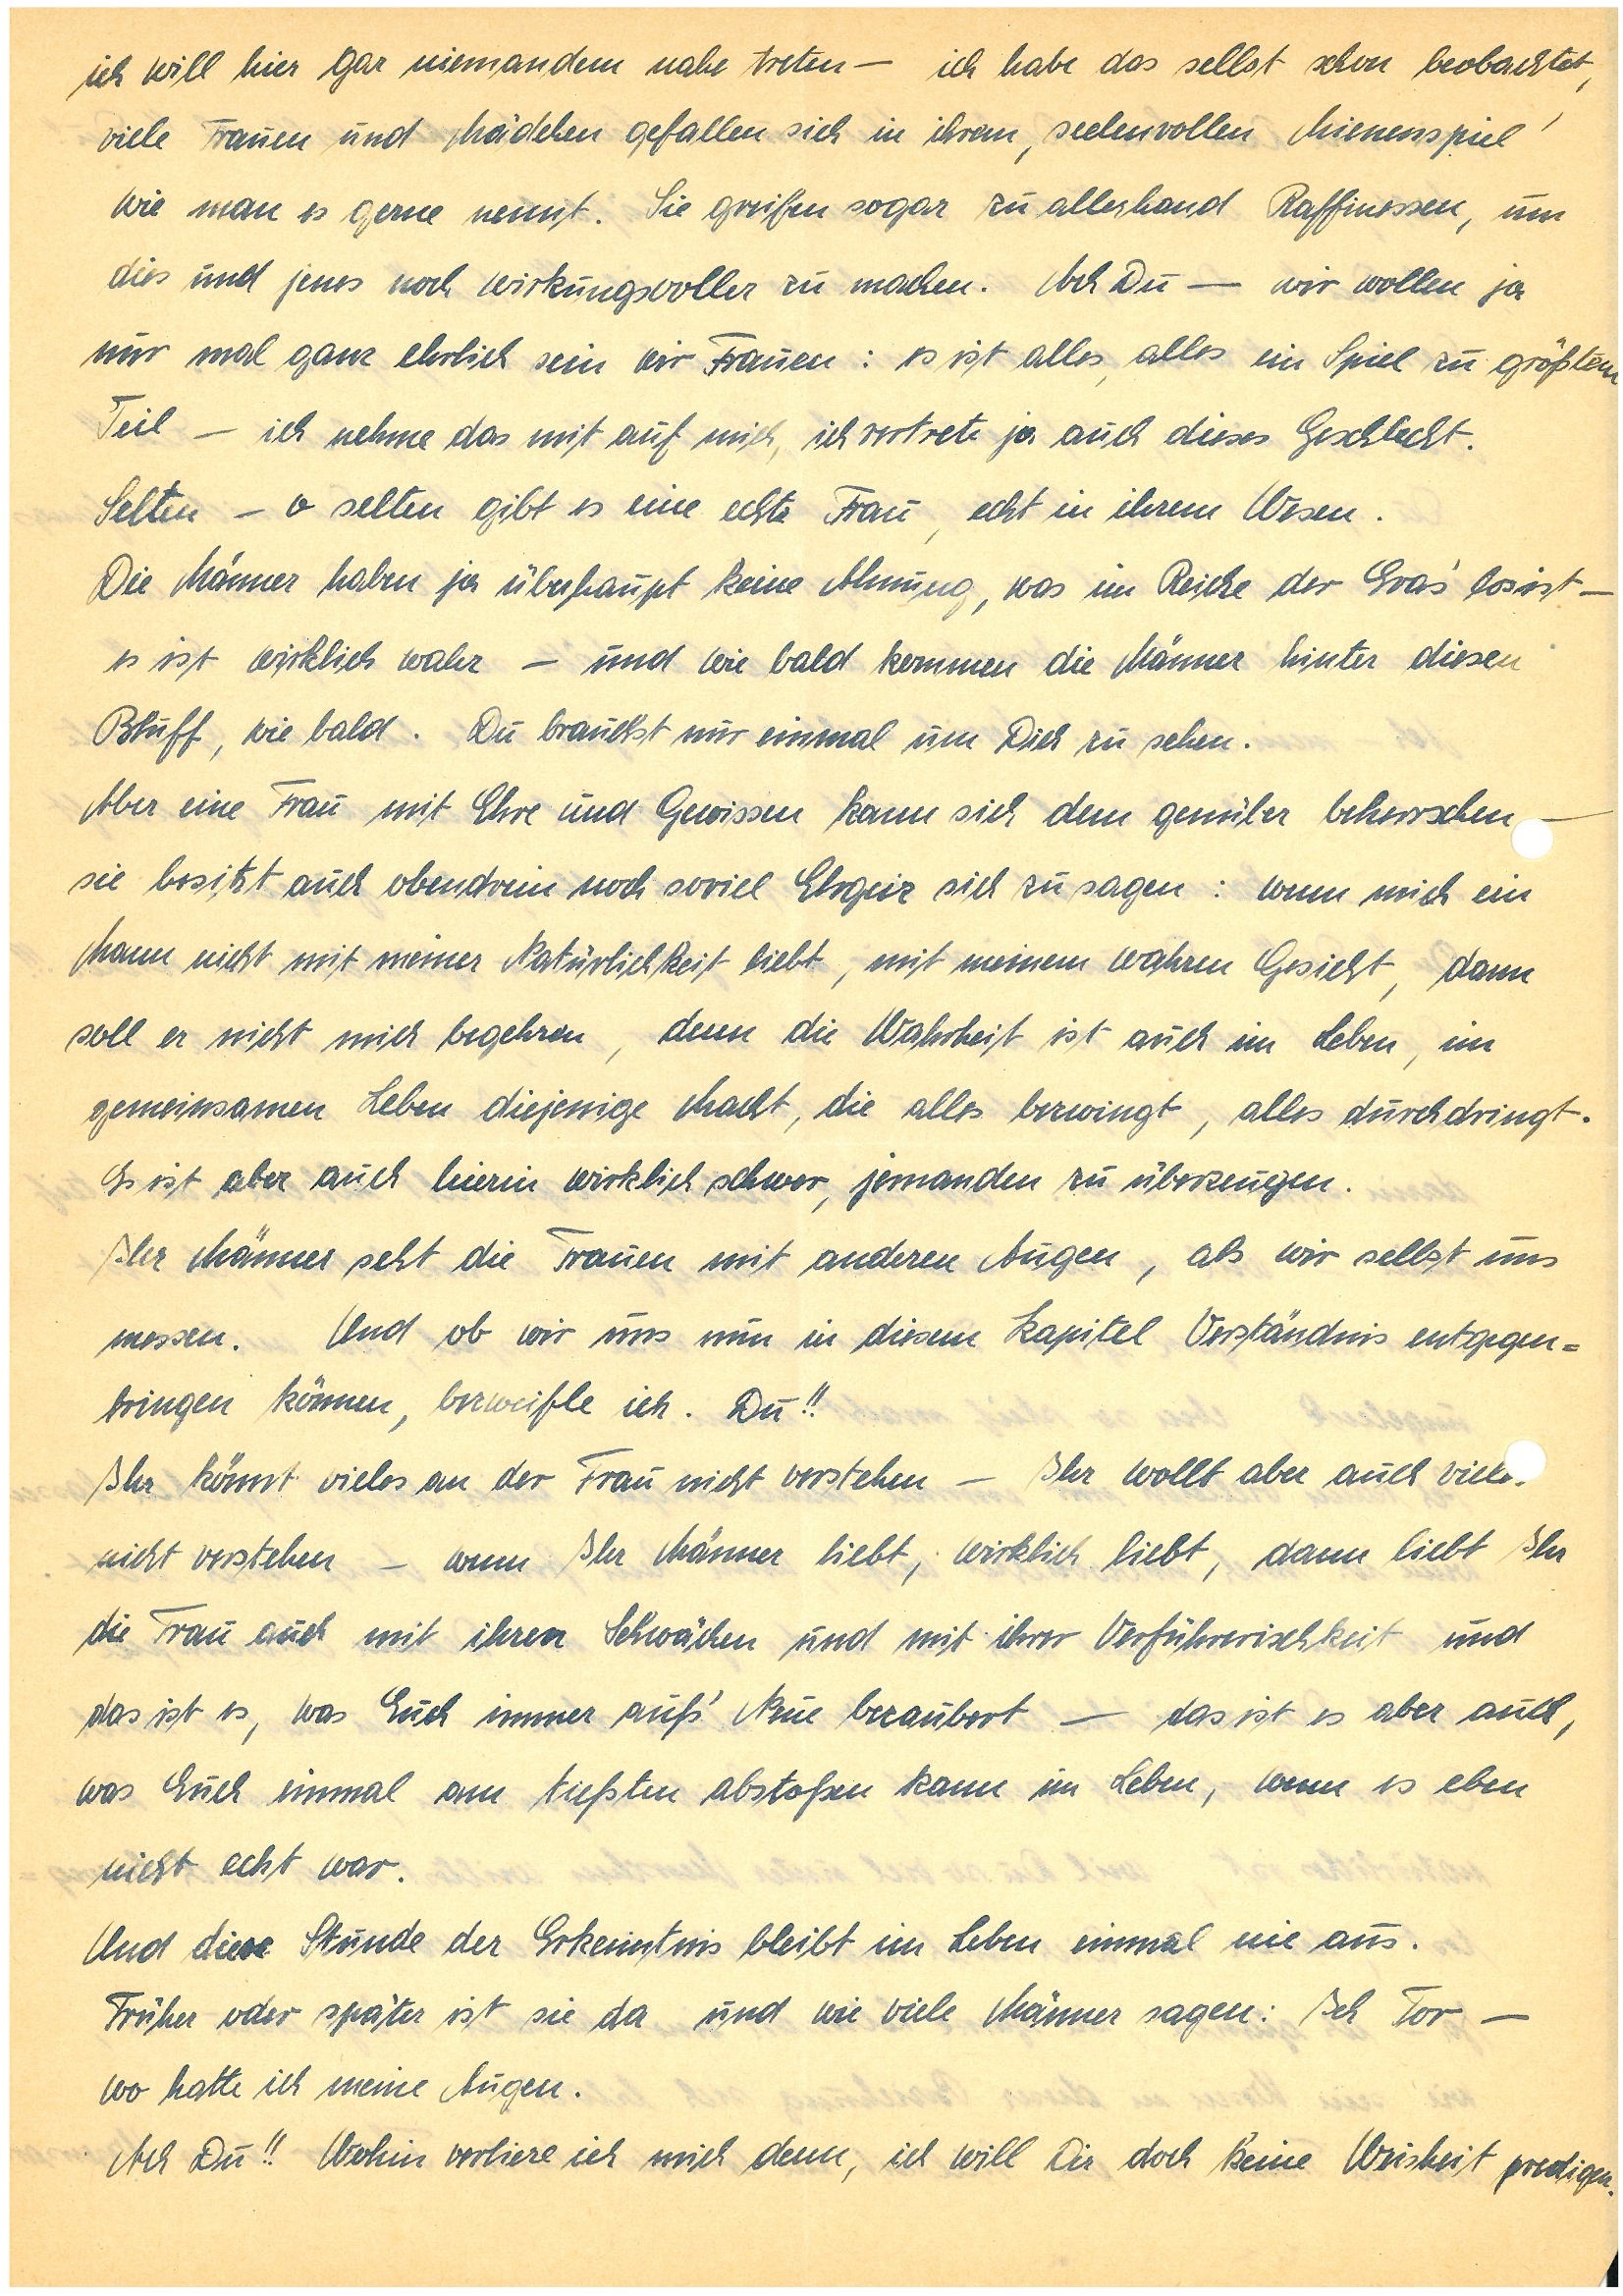
ich will hier gar niemandem nahe treten – ich habe das selbst schon beobachtet,
viele Frauen und Mädchen gefallen sich in ihrem ‚seelenvollen Mienenspiel’
wie man es gerne nennt. Sie greifen sogar zu allerhand Raffinessen, um
dies und jenes noch wirkungsvoller zu machen. Ach Du — wir wollen ja
nur mal ganz ehrlich sein wir Frauen: es ist alles, alles ein Spiel zu größtem
Teil — ich nehme das mit auf mich, ich vertrete ja auch dieses Geschlecht.
Selten – o selten gibt es eine echte Frau, echt in ihrem Wesen.
Die Männer haben ja überhaupt keine Ahnung, was im Reiche der Eva‘s los ist –
es ist wirklich wahr – und wie bald kommen die Männer hinter diesen
Bluff, wie bald. Du brauchst nur einmal um Dich zu sehen.
Aber eine Frau mit Ehre und Gewissen kann sich dem genüber beherrschen —
sie besitzt auch obendrein noch so viel Ehrgeiz sich zu sagen: wenn mich ein
Mann nicht mit meiner Natürlichkeit liebt, mit meinem wahren Gesicht, dann
soll er nicht mich begehren, denn die Wahrheit ist auch im Leben, im
gemeinsamen Leben diejenige Macht, die alles bezwingt, alles durchdringt.
Es ist aber auch hierin wirklich schwer, jemanden zu überzeugen.
Ihr Männer seht die Frauen mit anderen Augen, als wir selbst uns
messen. Und ob wir uns nun in diesem Kapitel Verständnis entgegen¬
bringen können, bezweifle ich. Du!!
Ihr könnt vieles an der Frau nicht verstehen – Ihr wollt aber auch viele
nicht verstehen – wenn Ihr Männer liebt, wirklich liebt, dann liebt Ihr
die Frau auch mit ihren Schwächen und mit ihrer Verführerischkeit und
das ist es, was Euch immer auf’s Neue bezaubert — das ist es aber auch,
was Euch einmal am tiefsten abstoßen kann im Leben, wenn es eben
nicht echt war.
Und diese Stunde der Erkenntnis bleibt im Leben einmal nie aus.
Früher oder später ist sie da und wie viele Männer sagen: Ich Tor —
wo hatte ich meine Augen.
Ach Du!! Wohin verliere ich mich denn, ich will Dir doch keine Weisheit predigen.